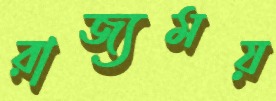
রাজ্যময়